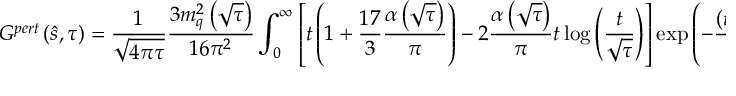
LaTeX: G ^ { p e r t } \left( \hat { s } , \tau \right) = \frac { 1 } { \sqrt { 4 \pi \tau } } \frac { 3 m _ { q } ^ { 2 } \left( \sqrt { \tau } \right) } { 1 6 \pi ^ { 2 } } \int _ { 0 } ^ { \infty } \left[ t \left( 1 + \frac { 1 7 } { 3 } \frac { \alpha \left( \sqrt { \tau } \right) } { \pi } \right) - 2 \frac { \alpha \left( \sqrt { \tau } \right) } { \pi } t \log { \left( \frac { t } { \sqrt { \tau } } \right) } \right] \exp { \left( - \frac { \left( t - \hat { s } \right) ^ { 2 } } { 4 \tau } \right) } \, d t